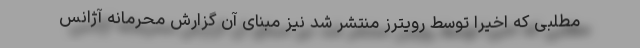
مطلبی که اخیراً توسط رویترز منتشر شد نیز مبنای آن گزارش محرمانه آژانس